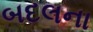
બદલના